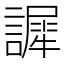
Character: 䜄